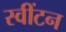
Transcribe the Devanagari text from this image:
स्वींटन